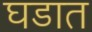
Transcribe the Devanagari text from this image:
घडात